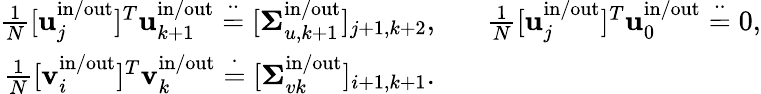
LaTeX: \begin{array}{rl}{\frac{1}{N}[\mathbf{u}_{j}^{\mathrm{in}/\mathrm{out}}]^{T}\mathbf{u}_{k+1}^{\mathrm{in}/\mathrm{out}}\stackrel{\cdot\cdot}{=}[\boldsymbol{\Sigma}_{u,k+1}^{\mathrm{in}/\mathrm{out}}]_{j+1,k+2},}&{\; \; \; \frac{1}{N}[\mathbf{u}_{j}^{\mathrm{in}/\mathrm{out}}]^{T}\mathbf{u}_{0}^{\mathrm{in}/\mathrm{out}}\stackrel{\cdot\cdot}{=}0,}\\ {\frac{1}{N}[\mathbf{v}_{i}^{\mathrm{in}/\mathrm{out}}]^{T}\mathbf{v}_{k}^{\mathrm{in}/\mathrm{out}}\stackrel{\cdot}{=}[\boldsymbol{\Sigma}_{vk}^{\mathrm{in}/\mathrm{out}}]_{i+1,k+1}.}&{}\end{array}